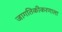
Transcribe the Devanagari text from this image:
जागतिकीकरणाला